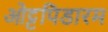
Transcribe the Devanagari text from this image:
ओट्ट्पिडारम